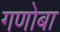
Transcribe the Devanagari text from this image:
गणोबा